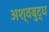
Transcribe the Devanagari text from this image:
अश्वबुद्ध